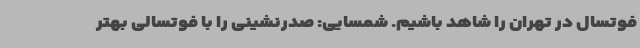
فوتسال در تهران را شاهد باشیم. شمسایی: صدرنشینی را با فوتسالی بهتر